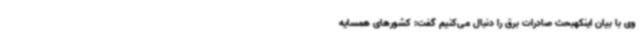
وی با بیان اینکهبحث صادرات برق را دنبال می‌کنیم گفت: کشورهای همسایه